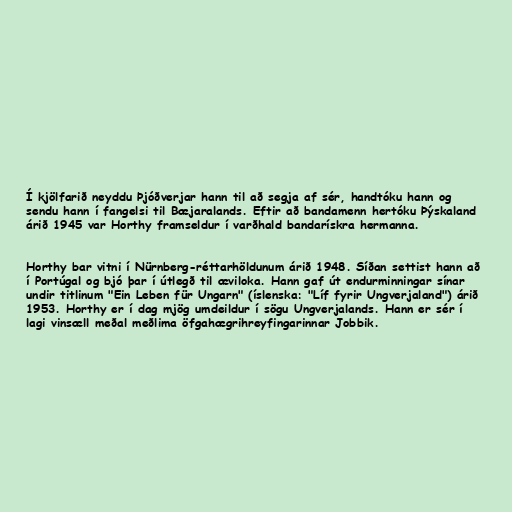
Í kjölfarið neyddu Þjóðverjar hann til að segja af sér, handtóku hann og
sendu hann í fangelsi til Bæjaralands. Eftir að bandamenn hertóku Þýskaland
árið 1945 var Horthy framseldur í varðhald bandarískra hermanna.

Horthy bar vitni í Nürnberg-réttarhöldunum árið 1948. Síðan settist hann að
í Portúgal og bjó þar í útlegð til æviloka. Hann gaf út endurminningar sínar
undir titlinum "Ein Leben für Ungarn" (íslenska: "Líf fyrir Ungverjaland") árið
1953. Horthy er í dag mjög umdeildur í sögu Ungverjalands. Hann er sér í
lagi vinsæll meðal meðlima öfgahægrihreyfingarinnar Jobbik.